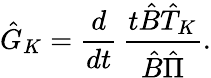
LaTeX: \hat{G}_{K}=\frac{d}{dt}\, \frac{t\hat{B}\hat{T}_{K}}{\hat{B}\hat{\Pi}}.